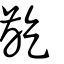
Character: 齕